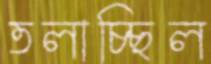
তলাচ্ছিল